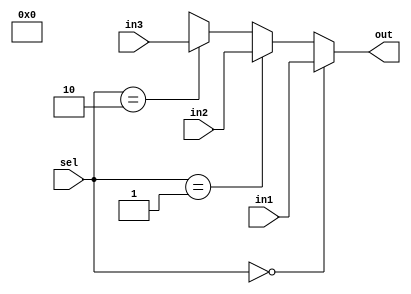

module mux_32x3(in1, in2, in3, sel, out);

input wire [31:0] in1, in2, in3;
input wire [1:0] sel;
output wire [31:0] out;

assign out = 	(sel == 2'b00) ? in1 :
		(sel == 2'b01) ? in2 :
		(sel == 2'b10) ? in3 : 2'bxx;

endmodule